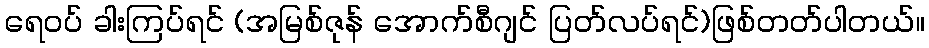
ရေဝပ် ခါးကြပ်ရင် (အမြစ်ဇုန် အောက်စီဂျင် ပြတ်လပ်ရင်)ဖြစ်တတ်ပါတယ်။